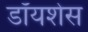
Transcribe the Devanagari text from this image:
डॉयशेस